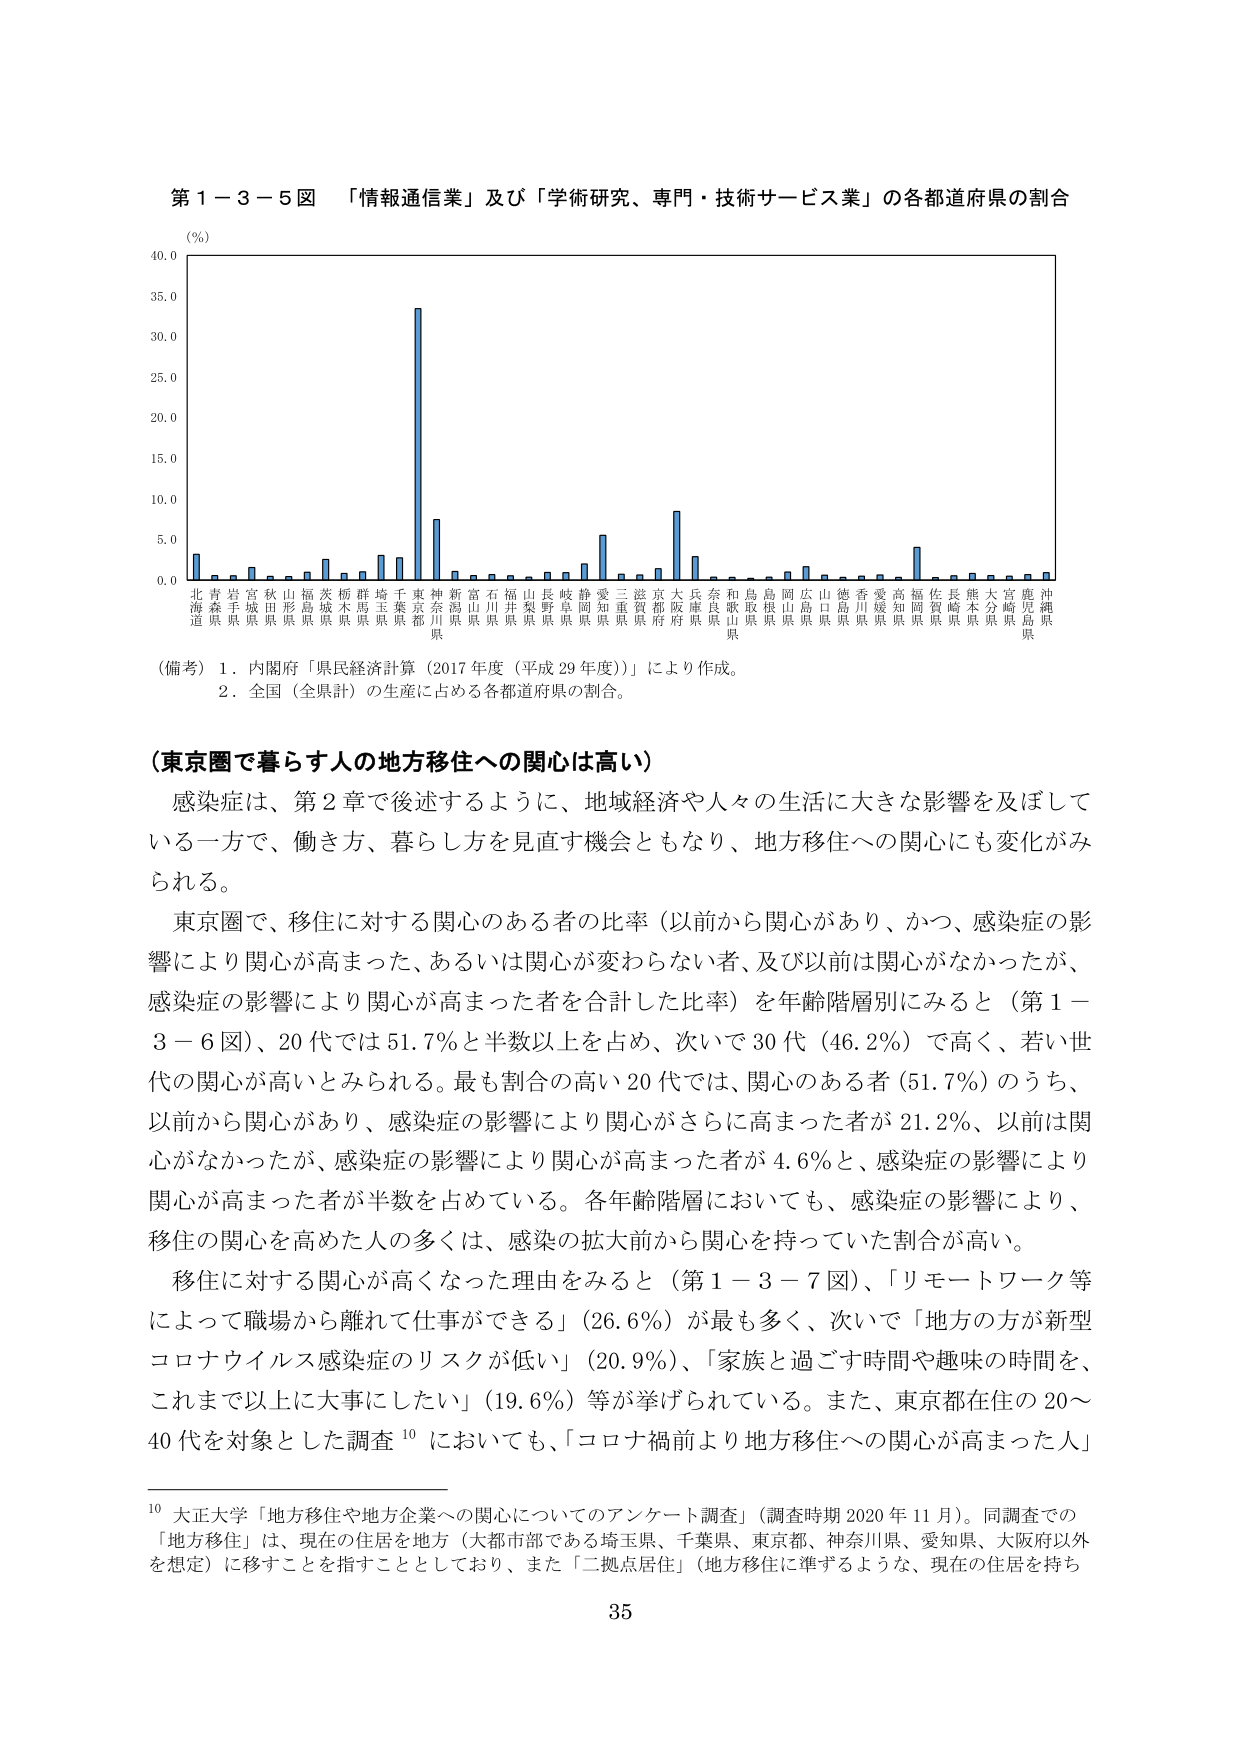
第１－３－５図 「情報通信業」及び「学術研究、専門・技術サービス業」の各都道府県の割合

（％）
40.0
35.0
30.0
25.0
20.0
15.0
10.0
5.0
0.0

北海道 青森県 岩手県 宮城県 秋田県 山形県 福島県 茨城県 栃木県 群馬県 埼玉県 千葉県 東京都 神奈川県 新潟県 富山県 石川県 福井県 山梨県 長野県 岐阜県 静岡県 愛知県 三重県 滋賀県 京都府 大阪府 兵庫県 奈良県 和歌山県 鳥取県 島根県 岡山県 広島県 山口県 徳島県 香川県 愛媛県 高知県 福岡県 佐賀県 長崎県 熊本県 大分県 宮崎県 鹿児島県 沖縄県

（備考）１．内閣府「県民経済計算（2017年度（平成29年度））」により作成。
　　　２．全国（全県計）の生産に占める各都道府県の割合。

（東京圏で暮らす人の地方移住への関心は高い）

感染症は、第２章で後述するように、地域経済や人々の生活に大きな影響を及ぼしている一方で、働き方、暮らし方を見直す機会ともなり、地方移住への関心にも変化がみられる。

東京圏で、移住に対する関心のある者の比率（以前から関心があり、かつ、感染症の影響により関心が高まった、あるいは関心が変わらない者、及び以前は関心がなかったが、感染症の影響により関心が高まった者を合計した比率）を年齢階層別にみると（第１－３－６図）、20代では51.7％と半数以上を占め、次いで30代（46.2％）で高く、若い世代の関心が高いとみられる。最も割合の高い20代では、関心のある者（51.7％）のうち、以前から関心があり、感染症の影響により関心がさらに高まった者が21.2％、以前は関心がなかったが、感染症の影響により関心が高まった者が4.6％と、感染症の影響により関心が高まった者が半数を占めている。各年齢階層においても、感染症の影響により、移住の関心を高めた人の多くは、感染の拡大前から関心を持っていた割合が高い。

移住に対する関心が高くなった理由をみると（第１－３－７図）、「リモートワーク等によって職場から離れて仕事ができる」（26.6％）が最も多く、次いで「地方の方が新型コロナウイルス感染症のリスクが低い」（20.9％）、「家族と過ごす時間や趣味の時間を、これまで以上に大事にしたい」（19.6％）等が挙げられている。また、東京都在住の20～40代を対象とした調査¹⁰においても、「コロナ禍前より地方移住への関心が高まった人」

¹⁰ 大正大学「地方移住や地方企業への関心についてのアンケート調査」（調査時期2020年11月）。同調査での「地方移住」は、現在の住居を地方（大都市部である埼玉県、千葉県、東京都、神奈川県、愛知県、大阪府以外を想定）に移すことを指すこととしており、また「二拠点居住」（地方移住に準ずるような、現在の住居を持ち

35